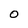
Character: 0